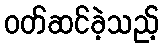
ဝတ်ဆင်ခဲ့သည့်